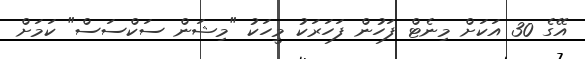
އޭގެ 30 އަކަށް މިނެޓް ފަހުން ފަހަރަކު މީހަކު "މިޝަން ސަކްސަސް" ކަމަށް